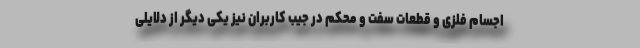
اجسام فلزی و قطعات سفت و محکم در جیب کاربران نیز یکی دیگر از دلایلی